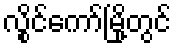
လွိုင်ကော်မြို့တွင်